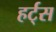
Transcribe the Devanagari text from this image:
हर्ट्‌स